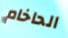
الحاخام